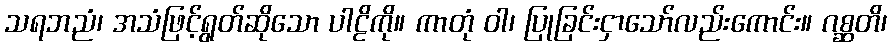
သရဘညံ၊ အသံဖြင့်ရွတ်ဆိုသော ပါဠိကို။ ကာတုံ ဝါ၊ ပြုခြင်းငှာသော်လည်းကောင်း။ ဂစ္ဆတိ၊